Insane asylums in Bengal annual reports 1876-1887 - 1876-1887
Year: 1876
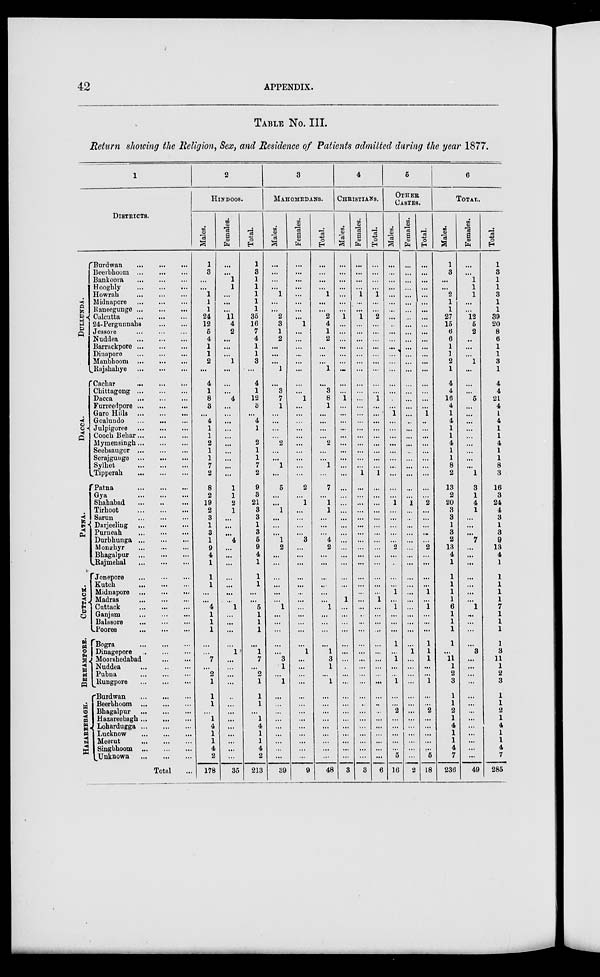
42
APPENDIX.
TABLE No. III.
Return showing the Religion, Sex, and Residence of Patients admitted during the year 1877.
1
DISTRICTS.
DULLUNDA.
DACCA.
PATNA.
CUTTACK.
BERHAMPORE.
HAZAREBEAGH.
Burdwan
... ... ...
Beerbhoom
...
...
...
Bankoora
...
...
...
Hooghly
...
...
...
Howrah
...
...
...
Midnapore
...
...
...
Raneegunge
...
...
...
Calcutta
...
...
...
24-Pergunnahs...
...
Jessore ... ... ...
Nuddea
...
...
...
Barrackpore
...
...
...
Dinapore
...
...
...
Manbhoom
...
...
...
Rajshahye
...
...
...
Cachar
...
...
...
Chittagong
...
...
...
Dacca
...
...
...
Furreedpore
...
...
...
Garo Hills
...
...
...
Goalundo
...
...
...
Julpigoree
...
...
...
Cooch Behar ... ... ...
Mymensingh ... ... ...
Seebsaugor
...
...
...
Serajgunge
...
...
...
Sylhet
...
...
...
Tipperah
...
...
...
Patna
...
...
...
Gya
...
...
...
Shahabad ... ... ...
Tirhoot
...
...
...
Sarun
...
...
...
Darjeeling ... ... ...
Purneah
...
...
...
Durbhunga
...
...
...
Monghyr
...
...
...
Bhagalpur
...
...
...
Rajmehal
...
...
...
Jonepore
...
...
...
Kutch
...
...
...
Midnapore
...
...
...
Madras
...
...
...
Cuttack
...
...
...
Ganjam
...
...
...
Balasore
...
...
...
Pooree
...
...
...
Bogra
...
...
...
Dinagepore ... ... ...
Moorsbedabad ... ... ...
Nuddea
...
...
...
Pubna
...
...
...
Rungpore
...
...
...
Burdwan
...
...
...
Beerbhoom
...
...
...
Bhagalpur
...
...
...
Hazareebagh
...
...
...
Lohardugga
...
...
...
Lucknow
...
...
...
Meerut
...
...
...
Singbhoom
...
...
...
Unknown
...
...
...
Total ...
2
HINDOOS.
Males.
1
3
...
...
1
1
1
24
12
5
4
1
1
2
...
4
1
8
3
...
4
1
1
2
1
1
7
2
8
2
19
2
3
1
3
1
9
4
1
1
1
...
...
4
1
1
1
...
...
7
...
2
1
1
1
...
1
4
1
1
4
2
178
Females.
...
...
1
1
...
...
...
11 4
2
...
...
...
1
...
...
...
4
...
...
...
...
...
...
...
...
...
...
1
1
2
1
...
...
...
4
...
...
...
...
...
...
...
1
...
...
...
...
1
...
...
...
...
...
...
...
...
...
...
...
...
...
35
Total.
1
3
1
1
1
1
1
35
16
7
4
1
1
3
...
4
1
12
3
...
4
1
1
2
1
1
7
2
9
3
21
3
3
1
3
5
9
4
1
1
1
...
...
5
1
1
1
...
1
7
...
2
1
1
1
...
1
4
1
1
4
2
213
3
MAHOMEDANS.
Males.
...
...
...
...
1
...
...
2
3
1
2
...
...
...
1
...
3
7
1
...
...
...
...
2
...
...
1
...
5
...
...
1
...
...
...
1
2
...
...
...
...
...
...
1
...
...
...
...
...
3
1
...
1
...
...
...
...
...
...
...
...
...
39
Females.
...
...
...
...
...
...
...
...
1
...
...
...
...
...
...
...
...
1
...
...
...
...
...
...
...
...
...
...
2
...
1
...
...
...
...
3
...
...
...
...
...
...
...
...
...
...
...
...
1
...
...
...
...
...
...
...
...
...
...
...
...
...
9
Total.
...
...
...
...
1
...
...
2
4
1
2
...
...
...
1
...
3
8
1
...
...
...
...
2
...
...
1
...
7
...
1
1
...
...
...
4
2
...
...
...
...
...
...
1
...
...
...
...
1
3
1
...
1
...
...
...
...
...
...
...
...
...
48
4
CHRISTIANS.
Males.
...
...
...
...
...
...
...
1
...
...
...
...
...
...
...
...
...
1
...
...
...
...
...
...
...
...
...
...
...
...
...
...
...
...
...
...
...
...
...
...
...
...
1
...
...
...
...
...
...
...
...
...
...
...
...
...
...
...
...
...
...
...
3
Females.
...
...
...
...
1
...
...
1
...
...
...
...
...
...
...
...
...
...
...
...
...
...
...
...
...
...
...
1
...
...
...
...
...
...
...
...
...
...
...
...
...
...
...
...
..
...
...
...
...
...
...
...
...
...
...
...
...
...
...
...
...
...
3
Total.
...
...
...
...
1
...
...
2
...
...
...
...
...
...
...
...
...
1
...
...
...
...
...
...
...
...
...
1
...
...
...
...
...
...
...
...
...
...
...
...
...
...
1
...
...
...
...
...
...
...
...
...
...
...
...
...
...
...
...
...
...
...
6
5
OTHER
CASTES.
Males.
...
...
...
...
...
...
...
...
...
...
...
...
...
...
...
...
...
...
...
1
...
...
...
...
...
...
...
...
...
...
1
...
...
...
...
...
2
...
...
...
...
1
...
1
...
...
...
1
...
1
...
...
1
...
...
2
...
...
...
...
...
5
16
Females.
...
...
...
...
...
...
...
...
...
...
...
...
...
...
...
...
...
...
...
...
...
...
...
...
...
...
...
...
...
...
1
...
...
...
...
...
...
...
...
...
...
...
...
...
...
...
...
...
1
...
...
...
...
...
...
...
...
...
...
...
...
...
2
Total.
...
...
...
...
...
...
...
...
...
...
...
...
...
...
...
...
...
...
...
1
...
...
...
...
...
...
...
...
...
...
2
...
...
...
...
...
2
...
...
...
...
1
...
1
...
...
...
1
1
1
...
...
1
...
...
2
...
...
...
...
...
5
18
6
TOTAL.
Males.
1
3
...
...
2
1
1
27
15
6
6
1
1
2
1
4
4
16
4
1
4
1
1
4
1
1
8
2
13
2
20
3
3
1
3
2
13
4
1
1
1
1
1
6
1
1
1
1
...
11
1
2
3
1
1
2
1
4
1
1
4
7
236
Females.
...
...
1
1
1
...
...
12
5
2
...
...
...
1
...
...
...
5
...
...
...
...
...
...
...
...
...
1
3
1
4
1
...
...
...
7
...
...
...
...
...
...
...
1
...
...
...
...
3
...
...
...
...
...
...
...
...
...
...
...
...
...
49
Total.
1
3
1
1
3
1
1
39
20
8
6
1
1
3
1
4
4
21
4
1
4
1
1
4
1
1
8
3
16
3
24
4
3
1
3
9
13
4
1
1
1
1
1
7
1
1
1
1
3
11
1
2
3
1
1
2
1
4
1
1
4
7
285